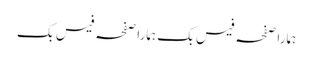
ہمارا صفحہ فیس بک	ہمارا صفحہ فیس بک